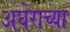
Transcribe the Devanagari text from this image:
अघेराच्या